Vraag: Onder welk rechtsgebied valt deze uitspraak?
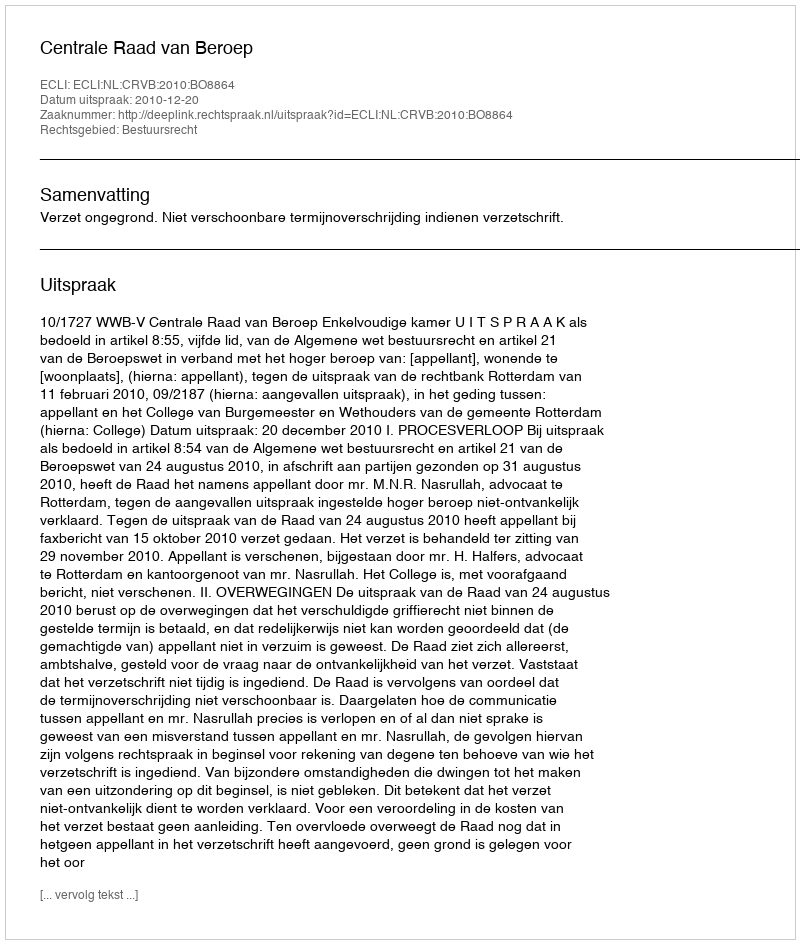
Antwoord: Bestuursrecht